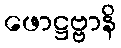
ဖောဋ္ဌဗ္ဗာနိ